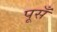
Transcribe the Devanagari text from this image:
पूसँ